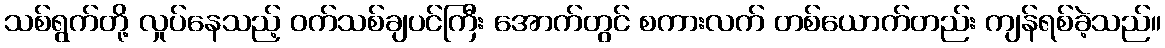
သစ်ရွက်တို့ လှုပ်နေသည့် ဝက်သစ်ချပင်ကြီး အောက်တွင် စကားလက် တစ်ယောက်တည်း ကျန်ရစ်ခဲ့သည်။